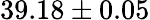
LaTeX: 39.18\pm 0.05